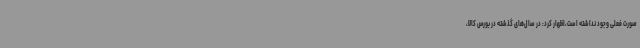
صورت فعلی وجود نداشته است،اظهار کرد: در سال‌های گذشته در بورس کالا،